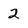
Character: 2